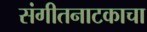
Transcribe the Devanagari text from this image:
संगीतनाटकाचा